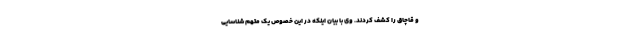
و قاچاق را کشف کردند. وی با بیان اینکه در این خصوص یک متهم شناسایی